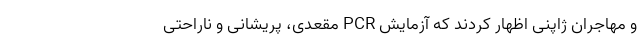
و مهاجران ژاپنی اظهار کردند که آزمایش PCR مقعدی، پریشانی و ناراحتی